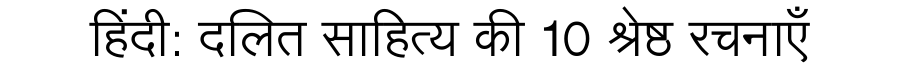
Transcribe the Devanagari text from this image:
हिंदी: दलित साहित्य की 10 श्रेष्ठ रचनाएँ